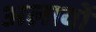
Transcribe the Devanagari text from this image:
अलावों